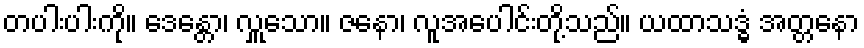
တပါးပါးကို။ ဒေန္တော၊ လှူသော။ ဇနော၊ လူအပေါင်းတို့သည်။ ယထာသဒ္ဓံ အတ္တနော